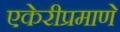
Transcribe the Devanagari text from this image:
एकेरीप्रमाणे